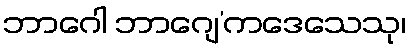
ဘာဂေါ ဘာဂျေ’ကဒေသေသု၊